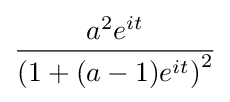
{\frac {a^{2}e^{it}}{\left(1+(a-1)e^{it}\right)^{2}}}